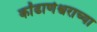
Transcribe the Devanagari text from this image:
कोंढाणेश्वराच्या